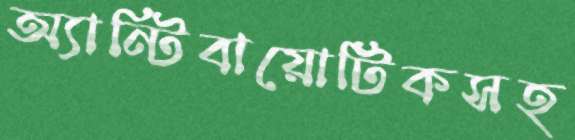
অ্যান্টিবায়োটিকসহ